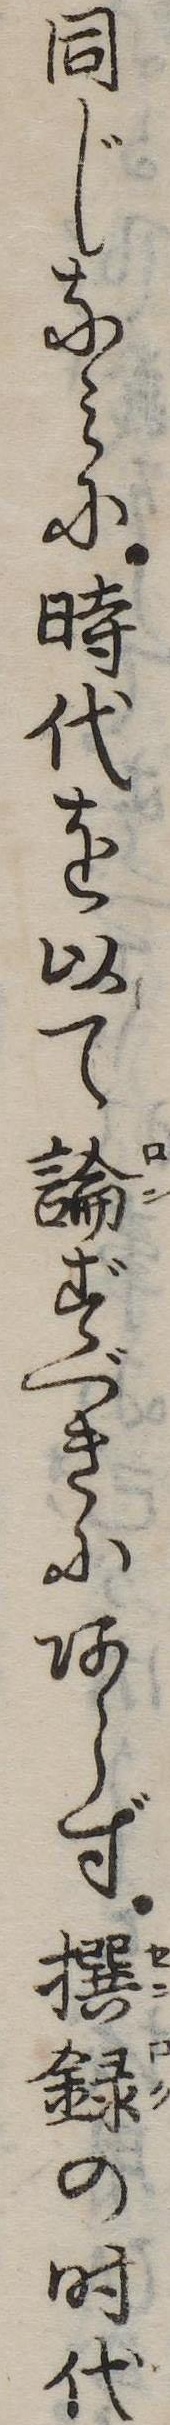
同じなみに時代を以て論ずべきにあらず撰録の時代